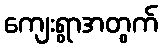
ကျေးရွာအတွက်